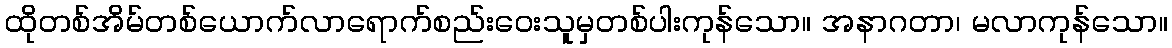
ထိုတစ်အိမ်တစ်ယောက်လာရောက်စည်းဝေးသူမှတစ်ပါးကုန်သော။ အနာဂတာ၊ မလာကုန်သော။